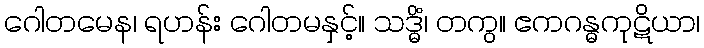
ဂေါတမေန၊ ရဟန်း ဂေါတမနှင့်။ သဒ္ဓိံ၊ တကွ။ ဧကဂန္ဓကုဋိယာ၊